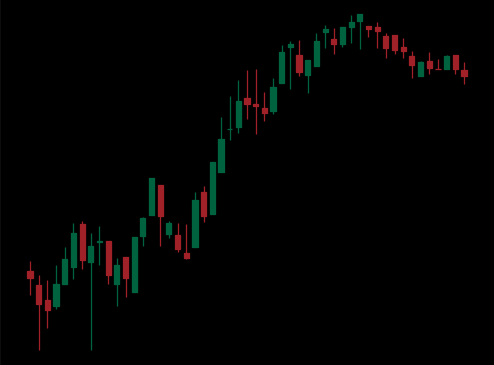
Pattern: bear_flag